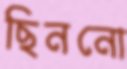
ছিননো